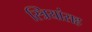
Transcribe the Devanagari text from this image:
स्त्रियांसह